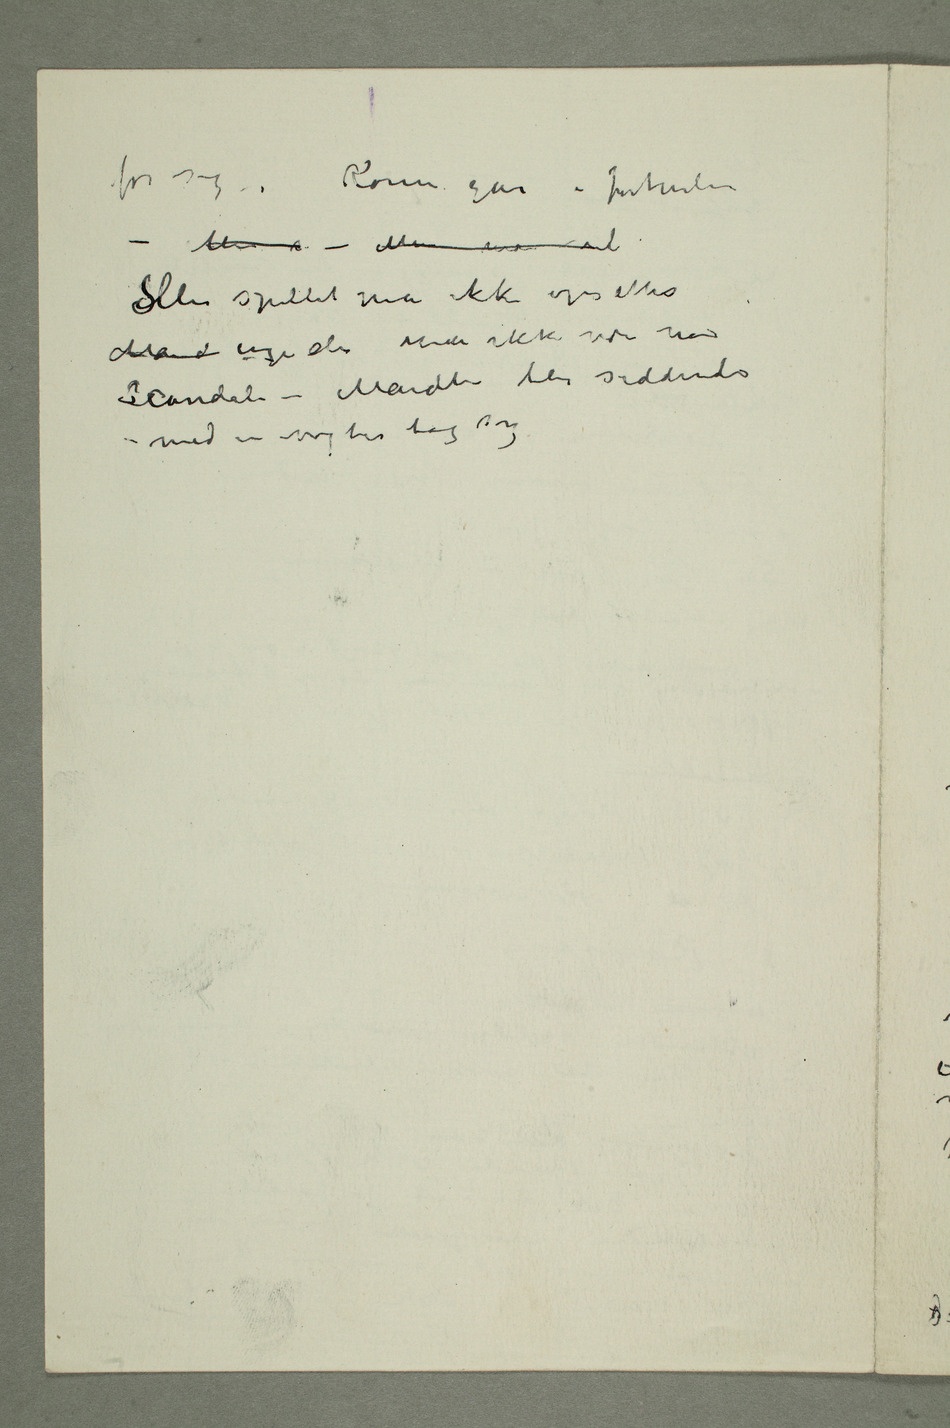
for sig –  Konen går i fortvilelse –
Men s– Men man vil
SMen spillet må ikke opsettes
Scandale – Manden blir siddende
– med en vogter bag sig